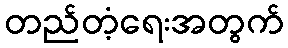
တည်တံ့ရေးအတွက်